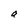
Character: a